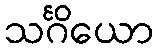
သင်္ဂိယော